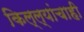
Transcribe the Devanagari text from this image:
किल्ल्यांचाही